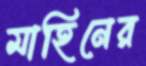
মাহিনের